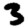
Digit: 3